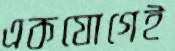
একযোগেই